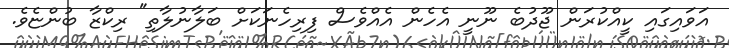
އަވައިގައި ކީއްކުރަން ޖޫދުބެ ނޫނީ އެހެން އެއްވެސް ފިރިހެނަކަށް ބަލާނުލާތި" ރިކްޒާ ބުންޏެވެ.